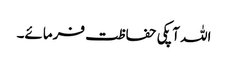
اللہ آپکی حفاظت فرمائے۔